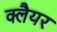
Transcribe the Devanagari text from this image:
क्लैयर